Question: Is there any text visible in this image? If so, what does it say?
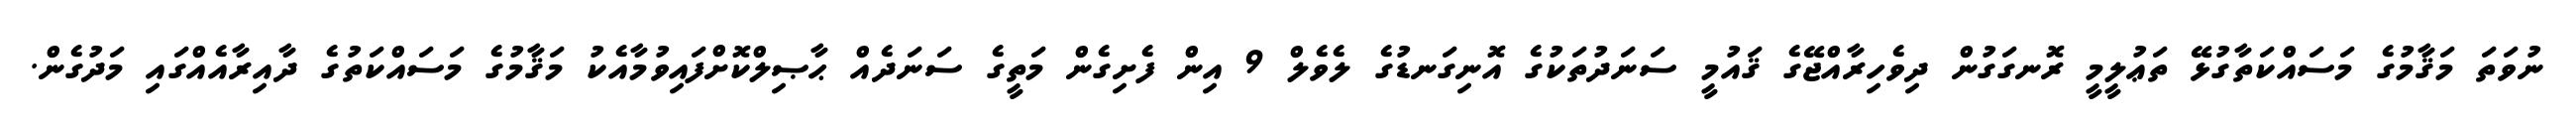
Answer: ނުވަތަ މަޤާމުގެ މަސައްކަތާގުޅޭ ތަޢުލީމީ ރޮނގަގުން ދިވެހިރާއްޖޭގެ ޤައުމީ ސަނަދުތަކުގެ އޮނިގަނޑުގެ ލެވެލް 9 އިން ފެށިގެން މަތީގެ ސަނަދެއް ޙާޞިލްކޮށްފައިވުމާއެކު މަޤާމުގެ މަސައްކަތުގެ ދާއިރާއެއްގައި މަދުގެން.